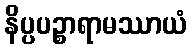
နိပ္ပပဉ္စာရာမဿာယံ